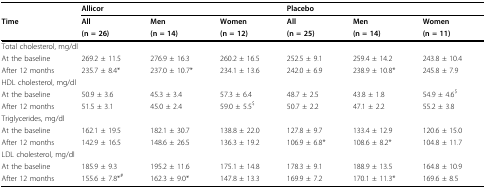
|  | <COLSPAN=3> Allicor | <COLSPAN=3> Placebo |
 | Time | All | Men | Women | All | Men | Women |
 |  | (n = 26) | (n = 14) | (n = 12) | (n = 25) | (n = 14) | (n = 11) |
 | --- | --- | --- | --- | --- | --- | --- |
 | <COLSPAN=7> Total cholesterol, mg/dl |
 | At the baseline | 269.2 ± 11.5 | 276.9 ± 16.3 | 260.2 ± 16.5 | 252.5 ± 9.1 | 259.4 ± 14.2 | 243.8 ± 10.4 |
 | After 12 months | 235.7 ± 8.4* | 237.0 ± 10.7* | 234.1 ± 13.6 | 242.0 ± 6.9 | 238.9 ± 10.8* | 245.8 ± 7.9 |
 | <COLSPAN=7> HDL cholesterol, mg/dl |
 | At the baseline | 50.9 ± 3.6 | 45.3 ± 3.4 | 57.3 ± 6.4 | 48.7 ± 2.5 | 43.8 ± 1.8 | 54.9 ± 4.6$ |
 | After 12 months | 51.5 ± 3.1 | 45.0 ± 2.4 | 59.0 ± 5.5$ | 50.7 ± 2.2 | 47.1 ± 2.2 | 55.2 ± 3.8 |
 | <COLSPAN=7> Triglycerides, mg/dl |
 | At the baseline | 162.1 ± 19.5 | 182.1 ± 30.7 | 138.8 ± 22.0 | 127.8 ± 9.7 | 133.4 ± 12.9 | 120.6 ± 15.0 |
 | After 12 months | 142.9 ± 16.5 | 148.6 ± 26.5 | 136.3 ± 19.2 | 106.9 ± 6.8* | 108.6 ± 8.2* | 104.8 ± 11.7 |
 | <COLSPAN=7> LDL cholesterol, mg/dl |
 | At the baseline | 185.9 ± 9.3 | 195.2 ± 11.6 | 175.1 ± 14.8 | 178.3 ± 9.1 | 188.9 ± 13.5 | 164.8 ± 10.9 |
 | After 12 months | 155.6 ± 7.8*# | 162.3 ± 9.0* | 147.8 ± 13.3 | 169.9 ± 7.2 | 170.1 ± 11.3* | 169.6 ± 8.5 |